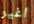
اغير